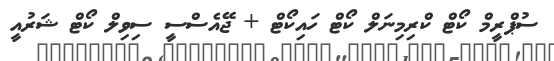
ސުޕްރީމް ކޯޓް ކްރިމިނަލް ކޯޓް ހައިކޯޓް + ޖޭއެސްސީ ސިވިލް ކޯޓް ޝަރުއީ